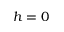
h = 0